Senior Leaving Certificate Examination (including Day School Certificate (Higher) General paper), 1946
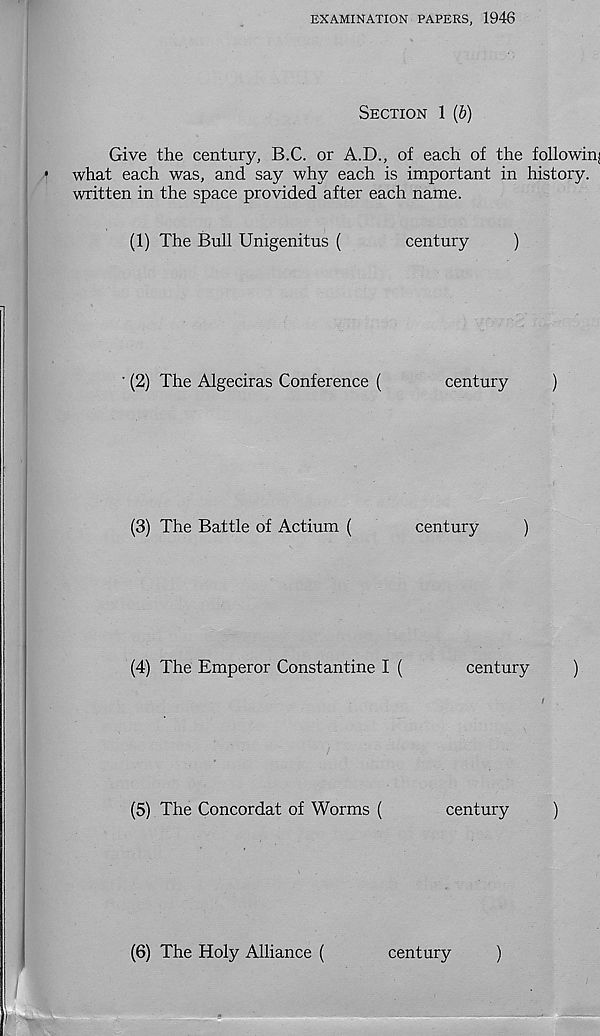
EXAMINATION PAPERS, 1946
SECTION 1 (6)
Give the century, B.C. or A.D., of each of the followin;
what each was, and say why each is important in history,
written in the space provided after each name.
(1) The Bull Unigenitus (
century
)
' (2) The Algeciras Conference (
century
)
(3)
The Battle of Ac
(4)
The Emperor Co
(5)
The Concordat of
(6)
The Holy Allianc
century
)